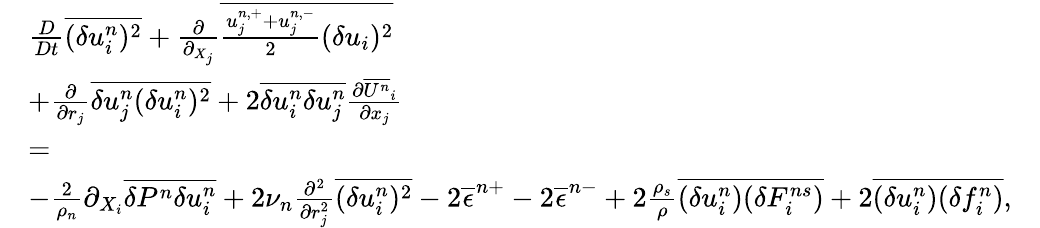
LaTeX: \begin{array}{rlr}&{\frac{D}{Dt}\overline{{(\delta u_{i}^{n})^{2}}}+\frac{\partial}{\partial_{X_{j}}}\overline{{\frac{u_{j}^{n,+}+u_{j}^{n,-}}{2}(\delta u_{i})^{2}}}}&\\ &{+\frac{\partial}{\partial{r_{j}}}\overline{{\delta u_{j}^{n}(\delta u_{i}^{n})^{2}}}+2\overline{{\delta u_{i}^{n}\delta u_{j}^{n}}}\frac{\partial\overline{{U^{n}}}_{i}}{\partial x_{j}}}&\\ &{=}&\\ &{-\frac{2}{\rho_{n}}\partial_{X_{i}}\overline{{\delta P^{n}\delta u_{i}^{n}}}+2\nu_{n}\frac{\partial^{2}}{\partial r_{j}^{2}}\overline{{(\delta u_{i}^{n})^{2}}}-2\overline{{\epsilon}}^{n+}-2\overline{{\epsilon}}^{n-}+2\frac{\rho_{s}}{\rho}\overline{{(\delta u_{i}^{n})(\delta F_{i}^{ns})}}+2\overline{{(\delta u_{i}^{n})(\delta f_{i}^{n})}},}&\end{array}